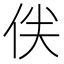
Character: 𠈖